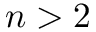
n > 2